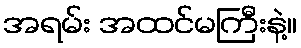
အရမ်း အထင်မကြီးနဲ့။